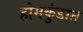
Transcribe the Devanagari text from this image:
होमकुंडात